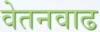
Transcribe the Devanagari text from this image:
वेतनवाढ